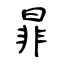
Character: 暃